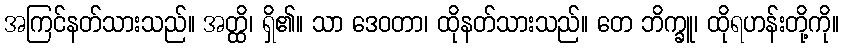
အကြင်နတ်သားသည်။ အတ္ထိ၊ ရှိ၏။ သာ ဒေဝတာ၊ ထိုနတ်သားသည်။ တေ ဘိက္ခူ၊ ထိုရဟန်းတို့ကို။